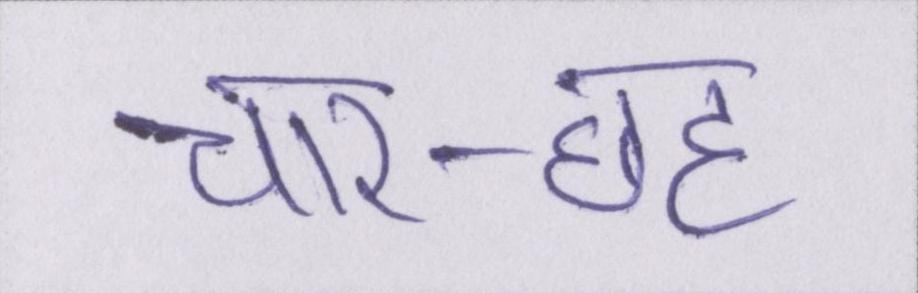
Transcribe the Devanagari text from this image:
चार-छह